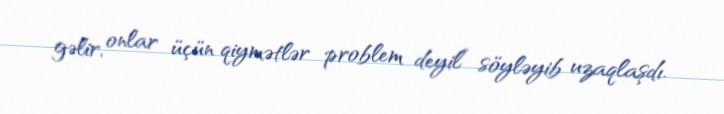
gəlir, onlar üçün qiymətlər problem deyil” söyləyib uzaqlaşdı.